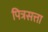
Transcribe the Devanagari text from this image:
पित्रसत्ता